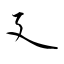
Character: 廴